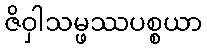
ဇိဝှါသမ္ဖဿပစ္စယာ